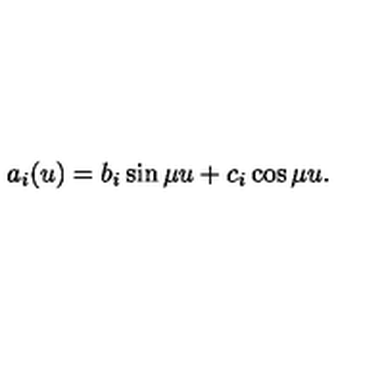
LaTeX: a _ { i } ( u ) = b _ { i } \sin \mu u + c _ { i } \cos \mu u .